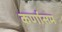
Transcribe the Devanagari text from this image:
कर्णासम